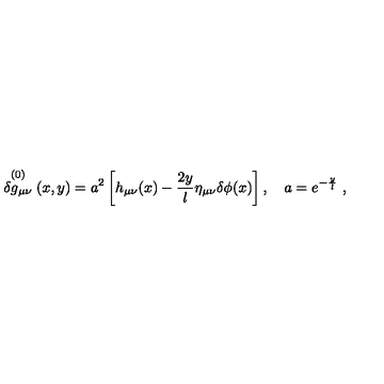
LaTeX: \stackrel { ( 0 ) } { \delta g _ { \mu \nu } } ( x , y ) = a ^ { 2 } \left[ h _ { \mu \nu } ( x ) - \frac { 2 y } { l } \eta _ { \mu \nu } \delta \phi ( x ) \right] , \quad a = e ^ { - \frac { y } { l } } \ ,